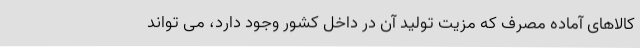
کالاهای آماده مصرف که مزیت تولید آن در داخل کشور وجود دارد، می تواند